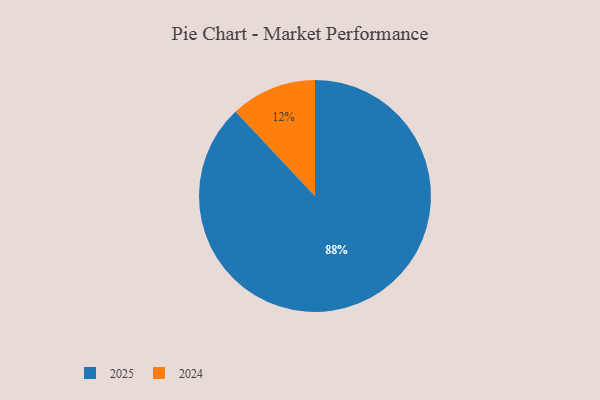
{"axis": {"x": "Category", "y": "Percentage"}, "legend": ["2024", "2025"], "data": [{"x": "2025", "y": 88, "type": "2025"}, {"x": "2024", "y": 12, "type": "2024"}]}